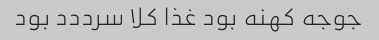
جوجه کهنه بود غذا کلا سرددد بود